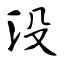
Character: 没